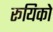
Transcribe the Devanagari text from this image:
रूयिको